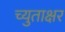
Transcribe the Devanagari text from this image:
च्युताक्षर